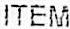
ITEM